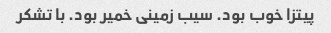
پیتزا خوب بود. سیب زمینی خمیر بود. با تشکر